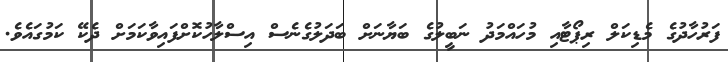
ފަރުހާދުގެ މެޑިކަލް ރިޕޯޓާއި މުހައްމަދު ނަބީލުގެ ބަޔާނަށް ބަދަލުގެނެސް އިސްލާހުކޮށްފައިވާކަމަށް ދެކޭ ކަމުގައެވެ.